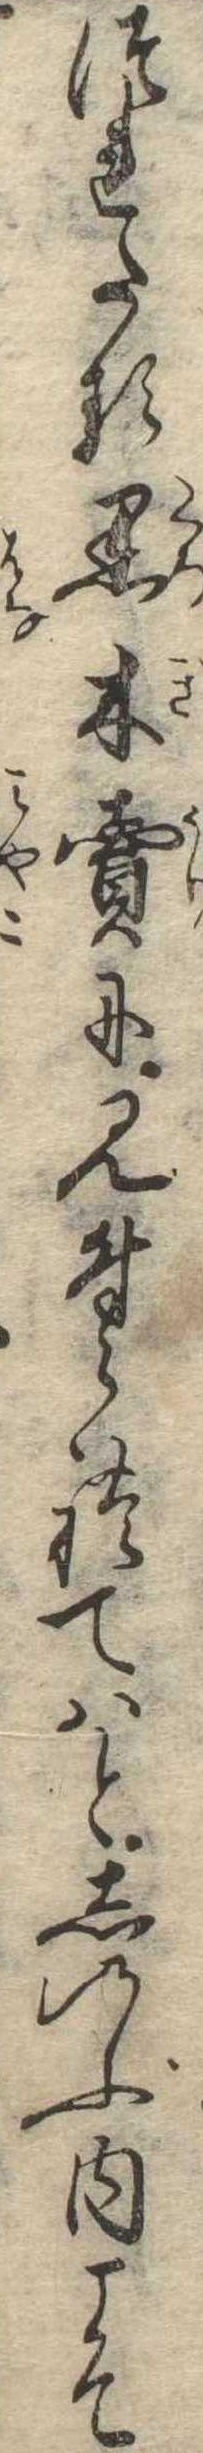
つれたる黒木売に見付られてはとしのぶ内こそ